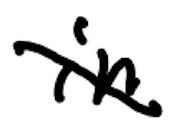
Text: in
Cross-out: diagonal
Writing tool: digital_black